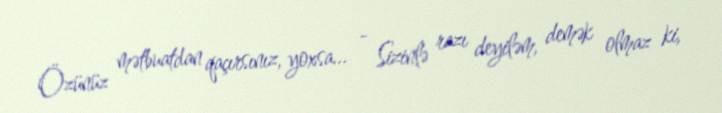
Özünüz mətbuatdan qaçırsınız, yoxsa... - Sizinlə razı deyiləm, demək olmaz ki,